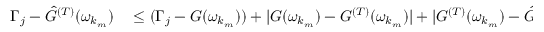
\begin{array} { r l } { \Gamma _ { j } - \hat { G } ^ { ( T ) } ( \omega _ { k _ { m } } ) } & { { } \leq ( \Gamma _ { j } - { G } ( \omega _ { k _ { m } } ) ) + | { G } ( \omega _ { k _ { m } } ) - { G } ^ { ( T ) } ( \omega _ { k _ { m } } ) | + | { G } ^ { ( T ) } ( \omega _ { k _ { m } } ) - \hat { G } ^ { ( T ) } ( \omega _ { k _ { m } } ) ) | } \end{array}